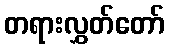
တရားလွှတ်တော်